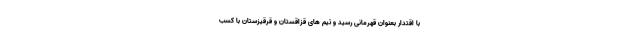
با اقتدار بعنوان قهرمانی رسید و تیم های قزاقستان و قرقیزستان با کسب